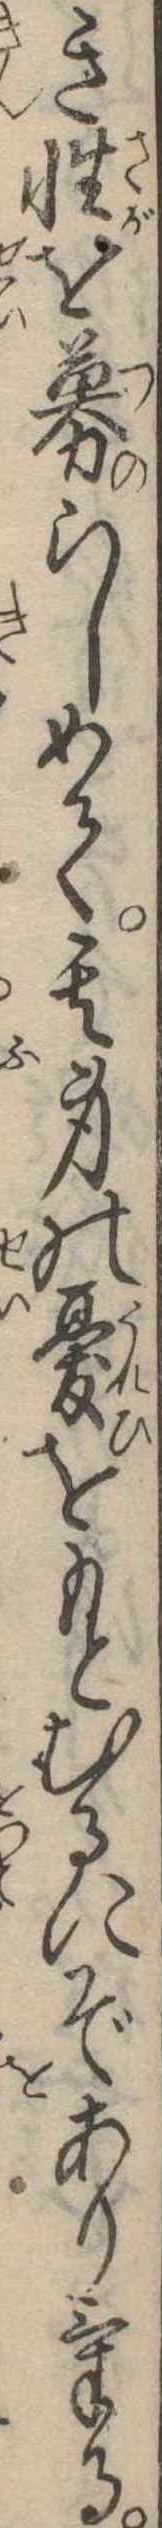
き性を募らしめて其身の憂をもとむるにぞありける